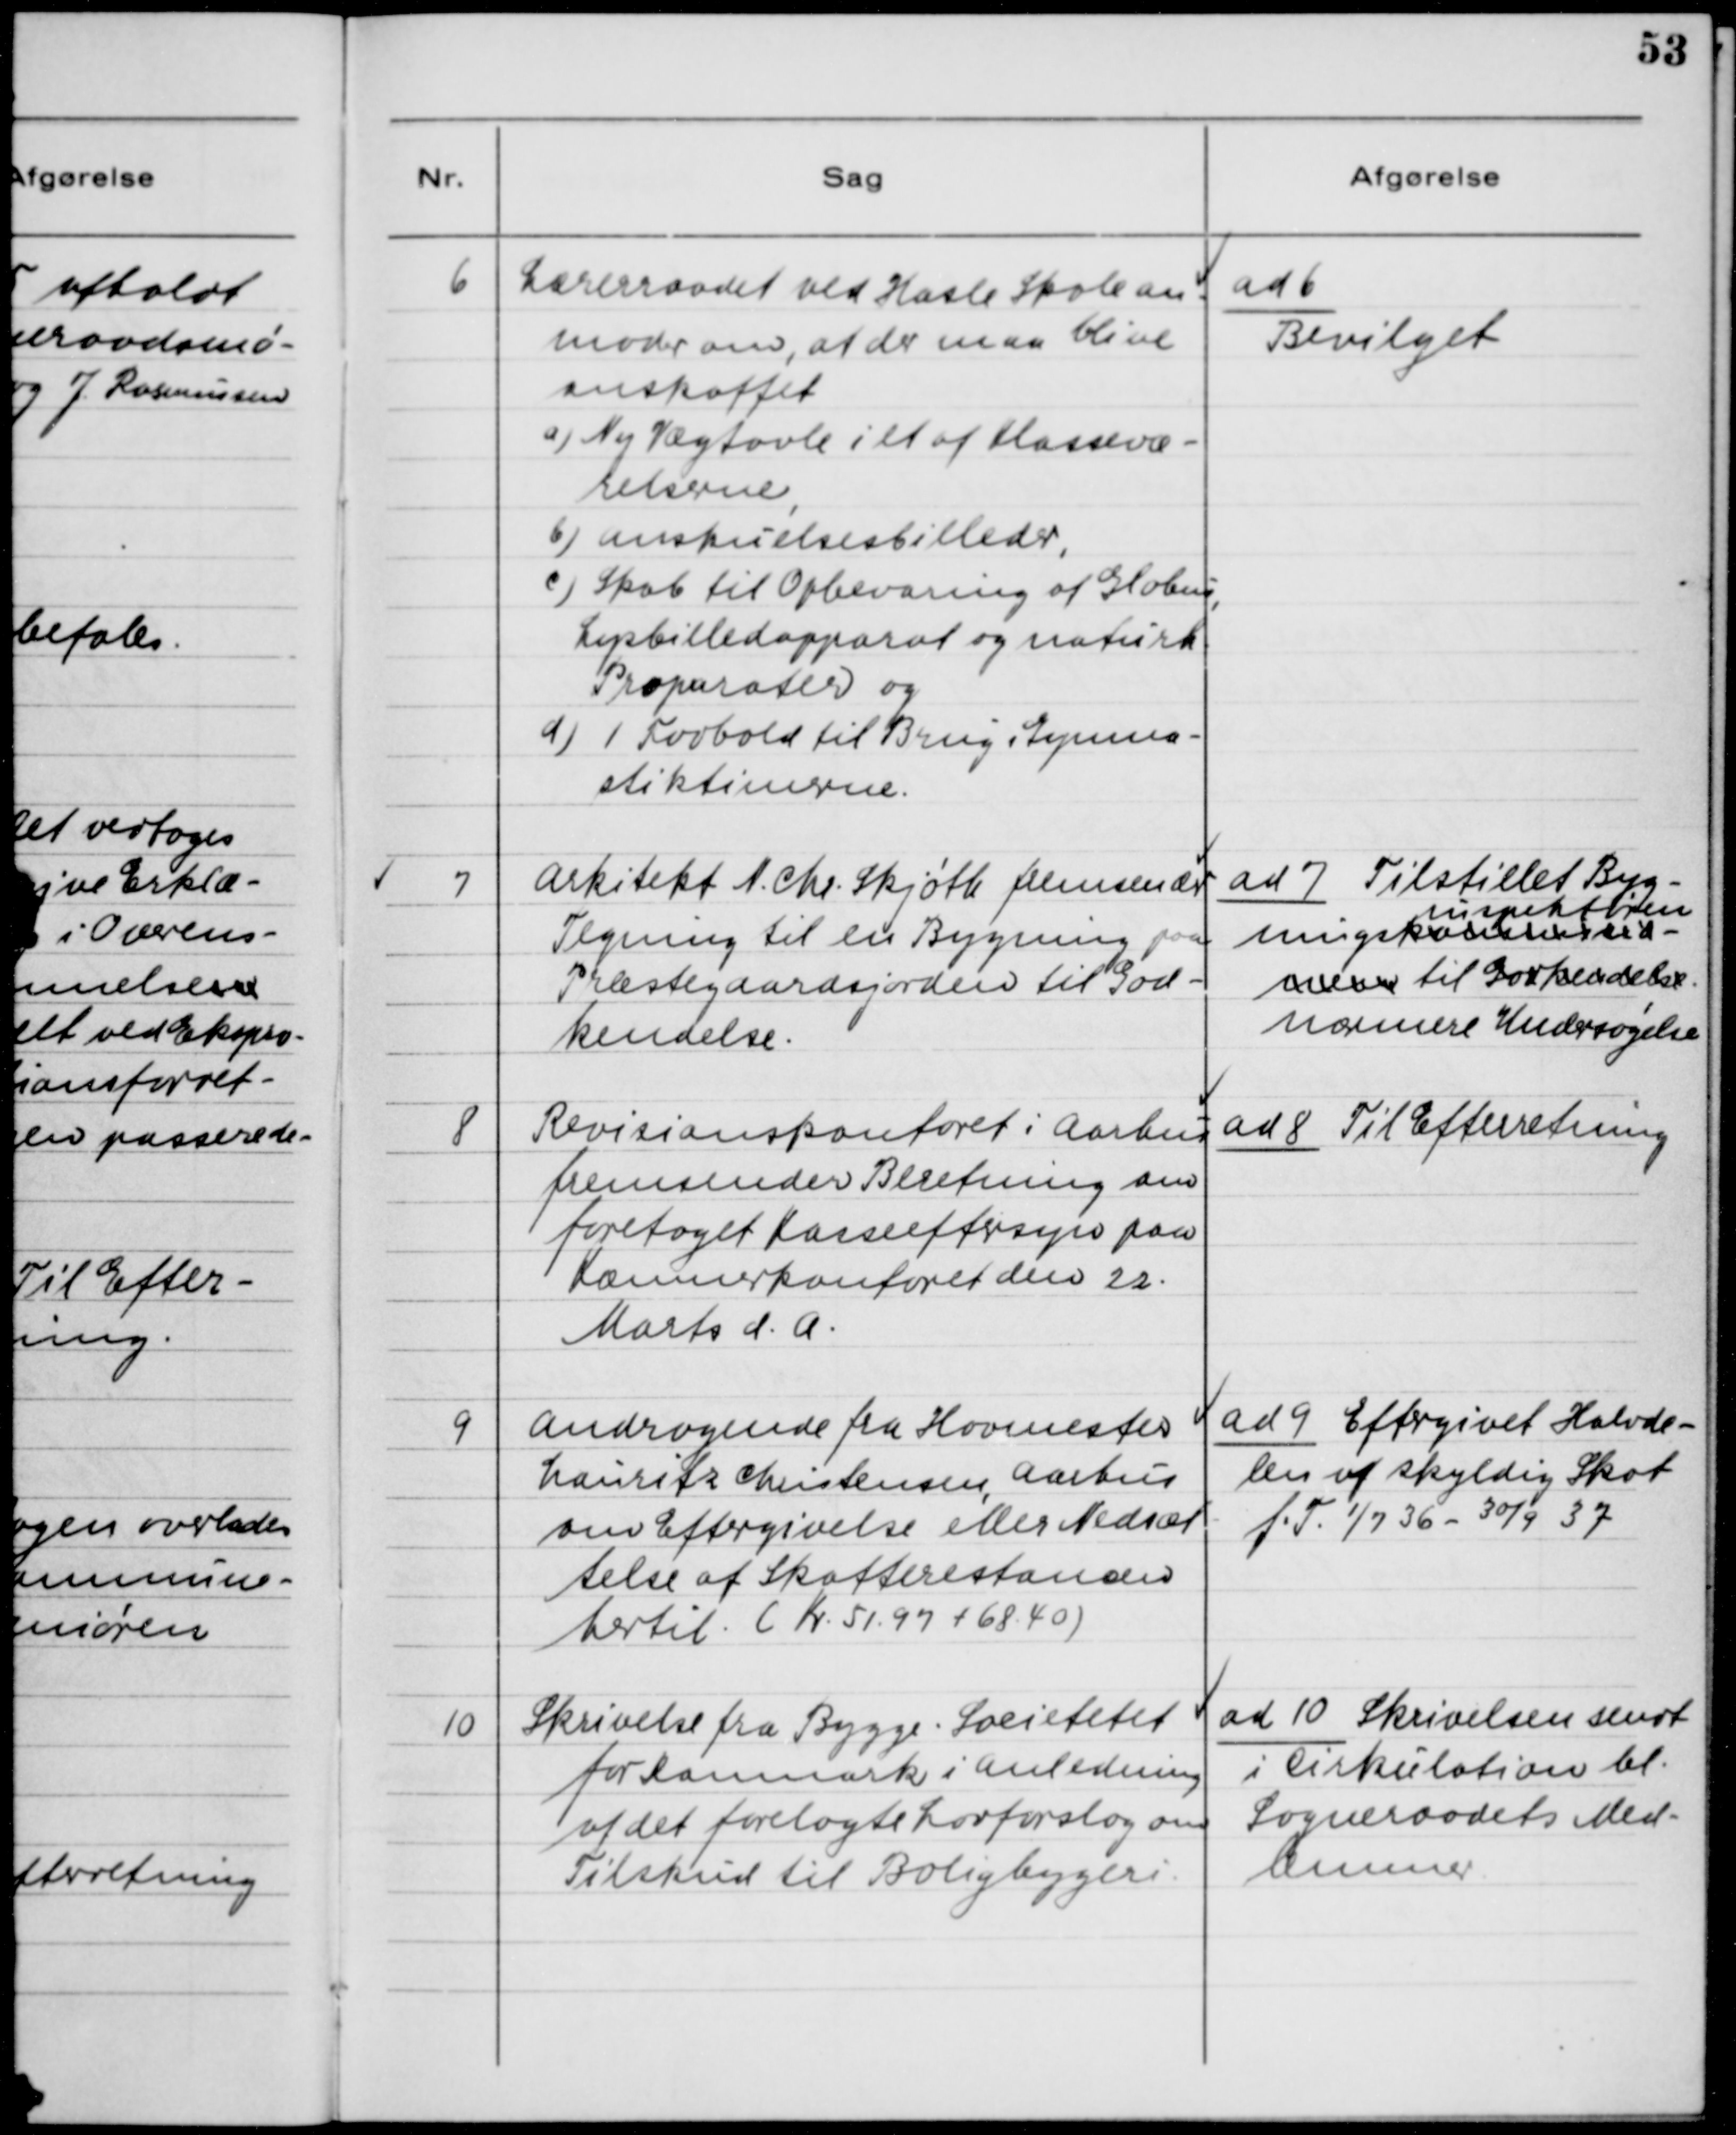
Transskription:
6. Lærerraadet ved Hasle Skole an-
moder om, at der maa blive
anskaffet
a) Ny Vægtavle i et af klassevæ-
relserne,
b) Anskuelsesbilleder,
c) Skab til Opbevaring af Globus,
Lysbilledapparat og naturk.
Propurater og
d) 1 Fodbold til Brug i Gymna-
stiktimerne.

ad 6.
Bevilget

7. Arkitekt N. Chr. Skjøth fremsender
Tegning til en Bygning paa
Præstegaardsjorden til God-
kendelse.

ad 7. Tilstillet Byg-
ningskonsulent
inspektøren
oven til Godkendelse
nærmere Undersøgelse.

8. Revisionskontoret i Aarhus
fremsender Beretning om
foretaget Kasseeftersyn paa
Kæmnerkontoret den 22.
Marts d.a.

ad 8. Til Efterretning

9. Andragende fra Hovmester
Lauritz Christensen, Aarhus
om Eftergivelse eller Nedsæt-
telse af Skatterestancen
hertil. (Kr. 51.97 + 68.40)

ad 9. Eftergivet Halvde-
len af skyldig Skat
f.T. 1/2 36 - 30/9 37

10. Skrivelse fra Bygge - Societetet
for Danmark i Anledning
af det forelagte Lovforslag om
Tilskud til Boligbyggeri.

ad 10 Skrivelsen sendt
i Cirkulation bl.
Sogneraadets Med-
lemmer.